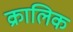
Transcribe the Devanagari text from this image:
क्रालिक